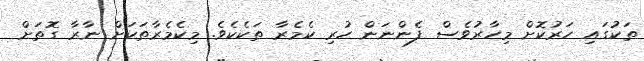
ތަކުގައި ހަރުކޮށް މިހާރުވެސް ފެންނަން ހުރި ކެމެރާ ތަކެކެވެ. މިކެމެރާތަކަށް ނާރާ ގޮތަށް